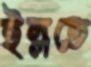
ইল্লতে